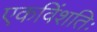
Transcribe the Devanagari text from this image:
एकविंशतिः